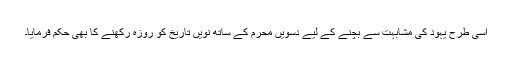
اسی طرح یہود کی مشابہت سے بچنے کے لیے دسویں محرم کے ساتھ نویں تاریخ کو روزہ رکھنے کا بھی حکم فرمایا۔